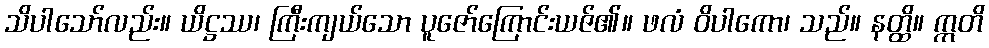
သိပါသော်လည်း။ ယိဋ္ဌဿ၊ ကြီးကျယ်သော ပူဇော်ကြောင်းယဇ်၏။ ဖလံ ဝိပါကော၊ သည်။ နတ္ထိ။ ဣတိ